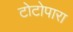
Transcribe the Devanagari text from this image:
टोटोपारा